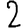
Digit: 2